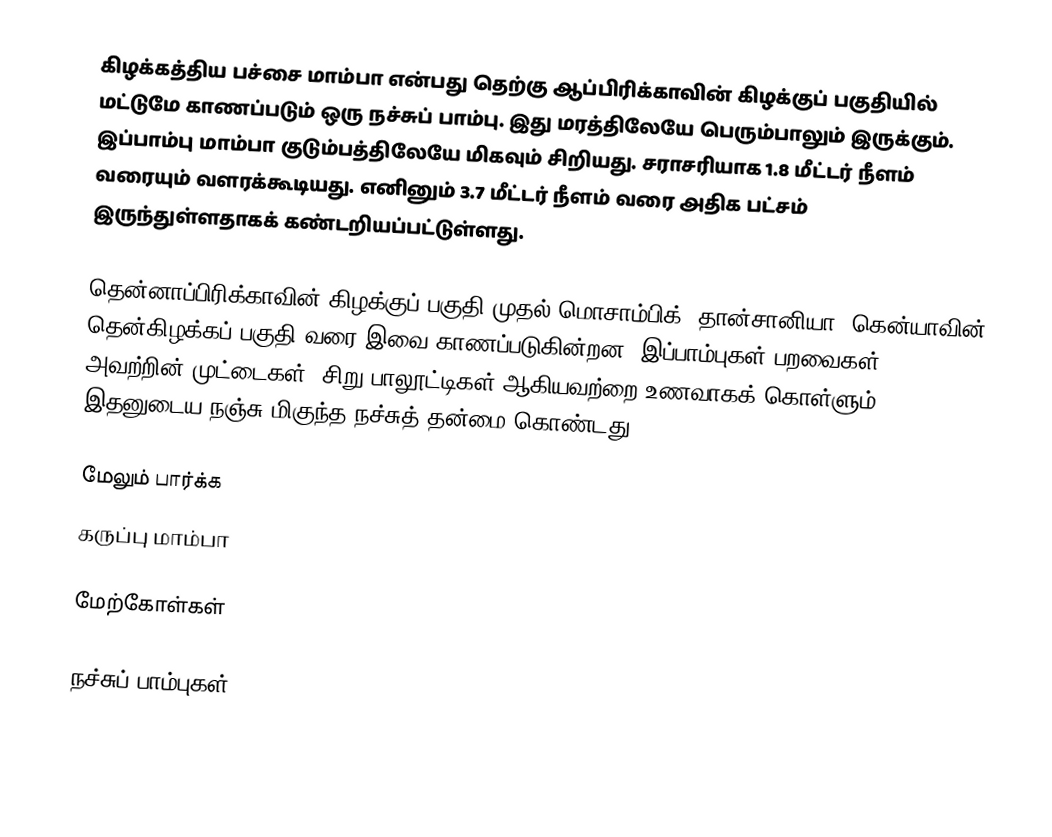
கிழக்கத்திய பச்சை மாம்பா என்பது தெற்கு ஆப்பிரிக்காவின் கிழக்குப் பகுதியில் மட்டுமே காணப்படும் ஒரு நச்சுப் பாம்பு. இது மரத்திலேயே பெரும்பாலும் இருக்கும். இப்பாம்பு மாம்பா குடும்பத்திலேயே மிகவும் சிறியது. சராசரியாக 1.8 மீட்டர் நீளம் வரையும் வளரக்கூடியது. எனினும் 3.7 மீட்டர் நீளம் வரை அதிக பட்சம் இருந்துள்ளதாகக் கண்டறியப்பட்டுள்ளது.

தென்னாப்பிரிக்காவின் கிழக்குப் பகுதி முதல் மொசாம்பிக், தான்சானியா, கென்யாவின் தென்கிழக்கப் பகுதி வரை இவை காணப்படுகின்றன. இப்பாம்புகள் பறவைகள், அவற்றின் முட்டைகள், சிறு பாலூட்டிகள் ஆகியவற்றை உணவாகக் கொள்ளும். இதனுடைய நஞ்சு மிகுந்த நச்சுத் தன்மை கொண்டது.

மேலும் பார்க்க
 கருப்பு மாம்பா

மேற்கோள்கள்

நச்சுப் பாம்புகள்